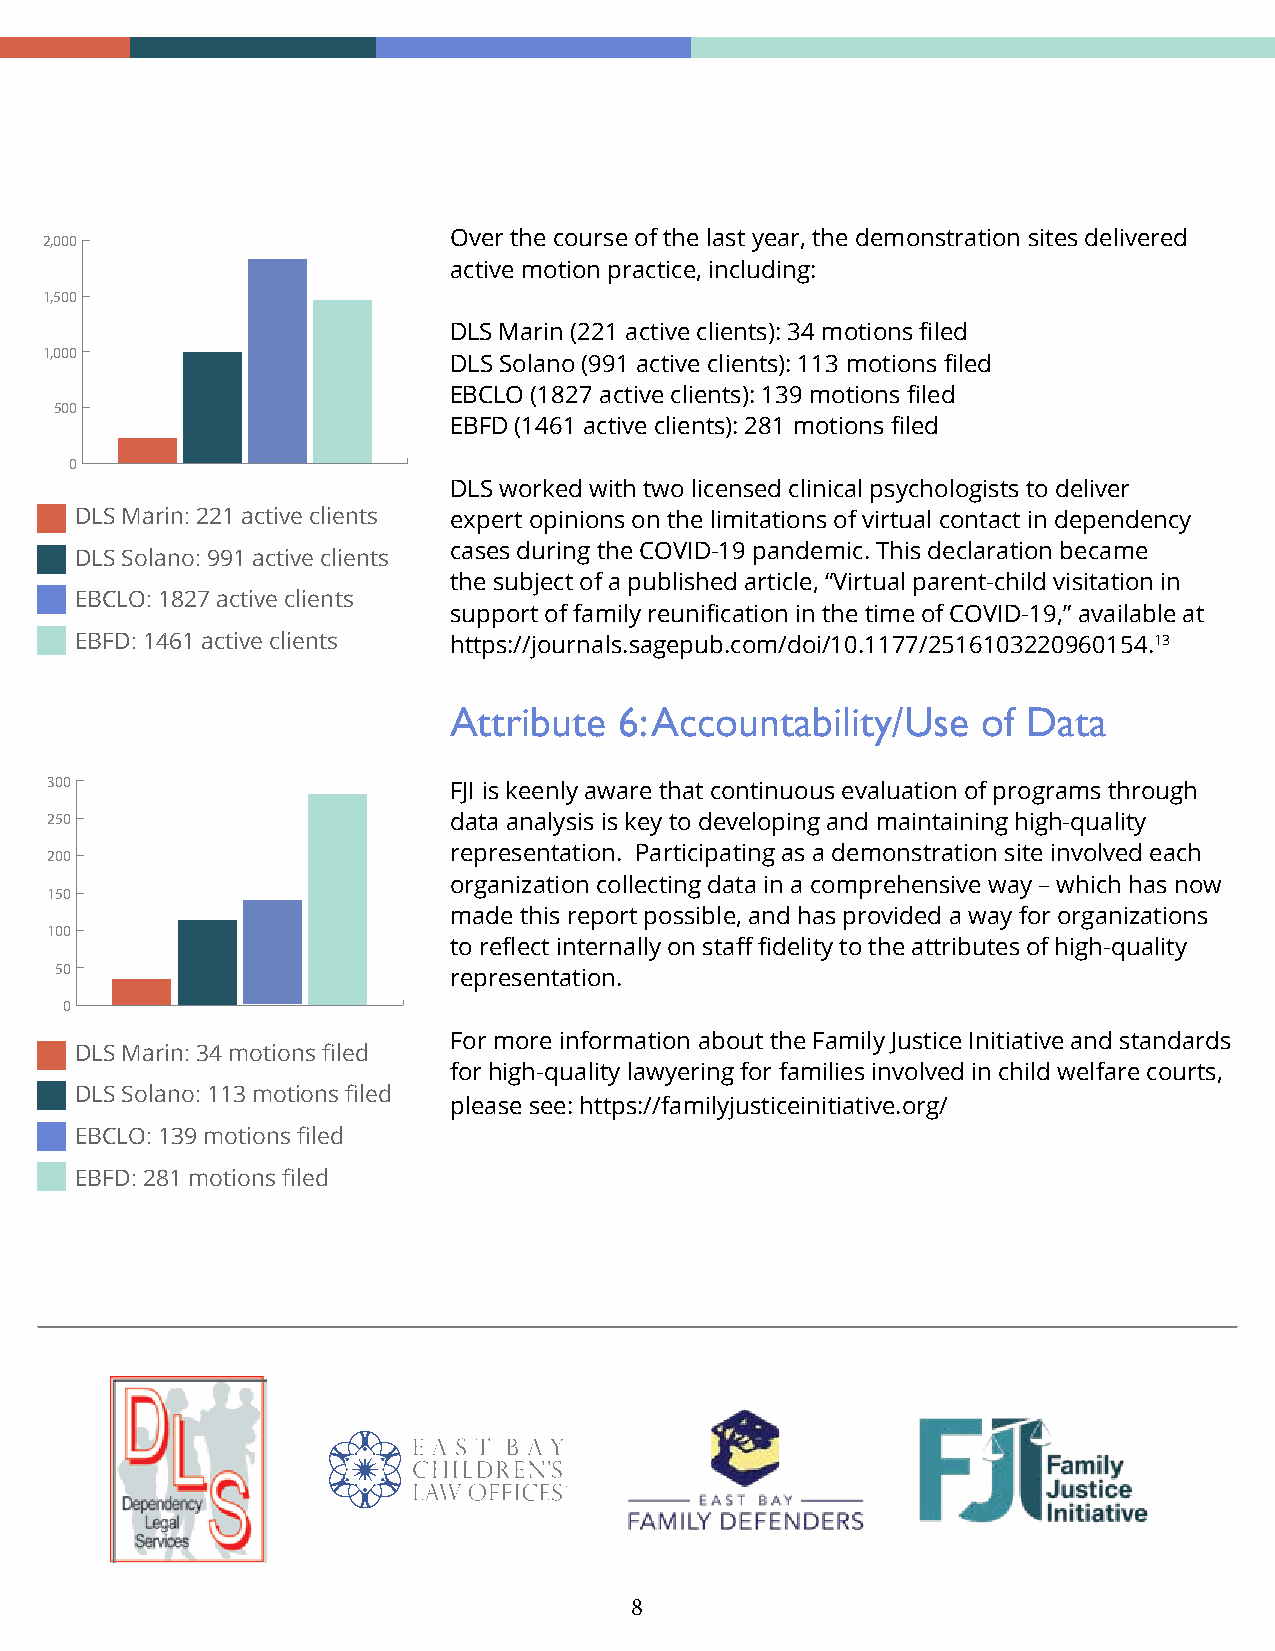
2,000                      Over the course of the last year, the demonstration sites delivered
 active motion practice, including:
 1,500
 DLS Marin (221 active clients): 34 motions filed
 1,000
 DLS Solano (991 active clients): 113 motions filed
 EBCLO (1827 active clients): 139 motions filed
 500
 EBFD (1461 active clients): 281 motions filed
 0
 DLS worked with two licensed clinical psychologists to deliver
 DLS Marin: 221 active clients expert opinions on the limitations of virtual contact in dependency
 cases during the COVID-19 pandemic. This declaration became
 DLS Solano: 991 active clients
 the subject of a published article, “Virtual parent-child visitation in
 EBCLO: 1827 active clients
 support of family reunification in the time of COVID-19,” available at
 EBFD: 1461 active clients https://journals.sagepub.com/doi/10.1177/2516103220960154.13
 Attribute  6: Accountability/Use   of Data
 300                        FJI is keenly aware that continuous evaluation of programs through
 250                        data analysis is key to developing and maintaining high-quality
 200                        representation. Participating as a demonstration site involved each
 organization collecting data in a comprehensive way – which has now
 150
 made this report possible, and has provided a way for organizations
 100
 to reflect internally on staff fidelity to the attributes of high-quality
 50
 representation.
 0
 For more information about the Family Justice Initiative and standards
 DLS Marin: 34 motions filed
 for high-quality lawyering for families involved in child welfare courts,
 DLS Solano: 113 motions filed
 please see: https://familyjusticeinitiative.org/
 EBCLO: 139 motions filed
 EBFD: 281 motions filed
 8